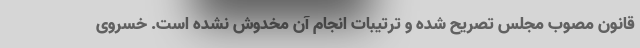
قانون مصوب مجلس تصریح شده و ترتیبات انجام آن مخدوش نشده است. خسروی